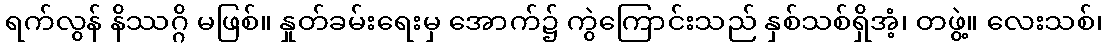
ရက်လွန် နိဿဂ္ဂိ မဖြစ်။ နှုတ်ခမ်းရေးမှ အောက်၌ ကွဲကြောင်းသည် နှစ်သစ်ရှိအံ့၊ တဖွဲ့။ လေးသစ်၊